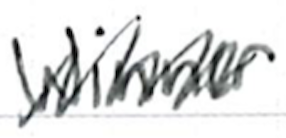
Text: winner
Cross-out: zig-zag
Writing tool: ballpoint